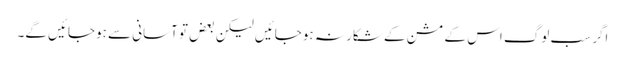
اگر سب لوگ اس کے مشن کے شکار نہ ہوجائیں لیکن بعض تو آسانی سے ہوجائیں گے۔